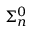
\Sigma _ { n } ^ { 0 }